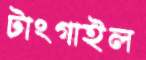
টাংগাইল